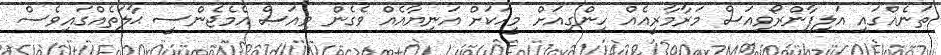
ތަނެއްގައި އަލިފާންރޯވިއަސް މަރާމާރީއެއް ހިންގިއަށް މީހަކަށް އަނިޔާއެއް ވެގެން ވިއަަސް އެމެޖެންސީ ޙާލަތެއްގައިވެސް